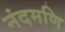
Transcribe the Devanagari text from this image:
नंदमणि